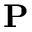
\mathbf { P }